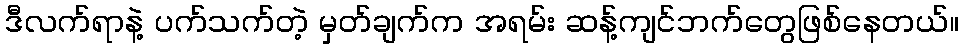
ဒီလက်ရာနဲ့ ပက်သက်တဲ့ မှတ်ချက်က အရမ်း ဆန့်ကျင်ဘက်တွေဖြစ်နေတယ်။